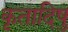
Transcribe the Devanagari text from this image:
कृतादिषु